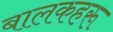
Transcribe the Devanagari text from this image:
बालकहरू